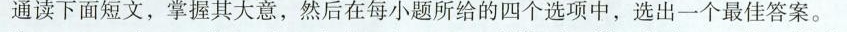
通读下面短文,掌握其大意,然后在每小题所给的四个选项中,选出一个最佳答案.